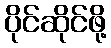
ပိုင်ဆိုင်ဖို့